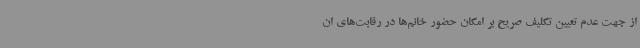
از جهت عدم تعیین تکلیف صریح بر امکان حضور خانم‌ها در رقابت‌های ان